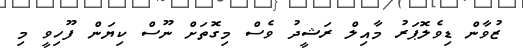
ޒުވާން ޑިވެލޮޕަރު މާއިލް ރަޝީދު ވެސް މިގޮތަށް ނޫސް ކިޔަން ފޫހިވީ މި